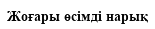
Жоғары өсімді нарық